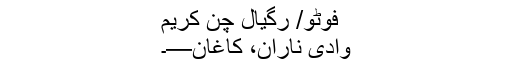
فوٹو/ رگیال چن کریم
وادی ناران، کاغان—۔